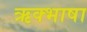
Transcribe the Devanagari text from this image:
ऋक्भाषा